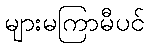
များမကြာမီပင်